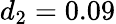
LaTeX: d_{2}=0.09